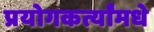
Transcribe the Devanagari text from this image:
प्रयोगकर्त्यांमधे